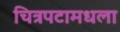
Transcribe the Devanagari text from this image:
चित्रपटामधला